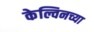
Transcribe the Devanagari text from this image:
केल्विनच्या